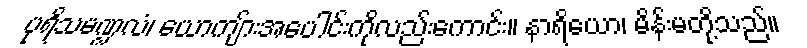
ပုရိသမဏ္ဍလံ၊ ယောကျ်ားအပေါင်းကိုလည်းကောင်း။ နာရိယော၊ မိန်းမတို့သည်။